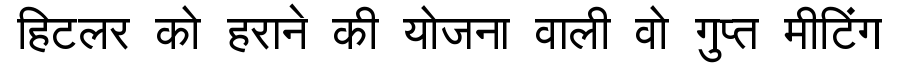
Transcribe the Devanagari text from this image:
हिटलर को हराने की योजना वाली वो गुप्त मीटिंग